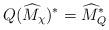
LaTeX: \begin{align*} Q(\widehat M_\chi)^* = \widehat M^*_Q\end{align*}